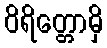
ဝိရိတ္တောမှိ